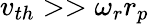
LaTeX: v_{th}>>\omega_{r}r_{p}